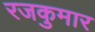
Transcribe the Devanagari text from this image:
रजकुमार